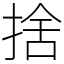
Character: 捨